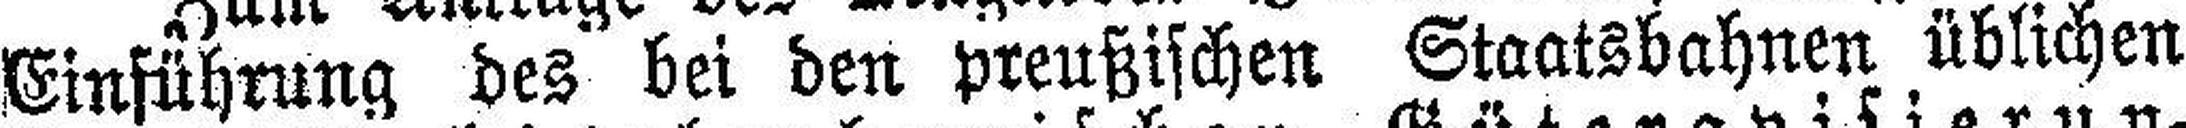
Einführung des bei den preußischen Staatsbahnen üblichen